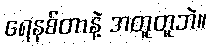
ရေနစ်တာနဲ့ အတူတူဘဲ။